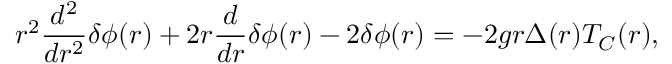
r ^ { 2 } \frac { d ^ { 2 } } { d r ^ { 2 } } { \delta } { \phi } ( r ) + 2 r \frac { d } { d r } { \delta } { \phi } ( r ) - 2 { \delta } { \phi } ( r ) = - 2 g r { \Delta } ( r ) T _ { C } ( r ) ,